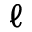
\ell